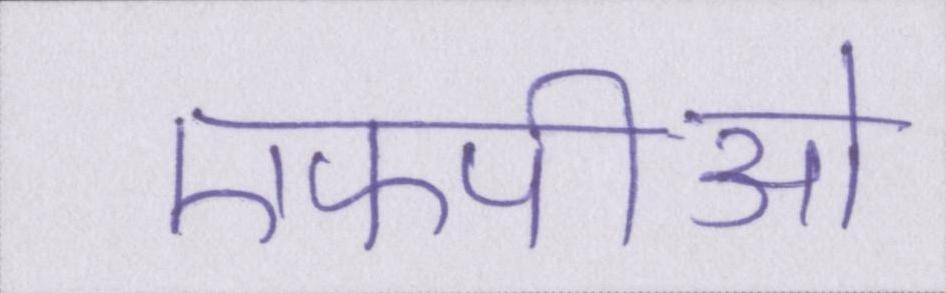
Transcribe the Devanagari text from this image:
एफपीओ